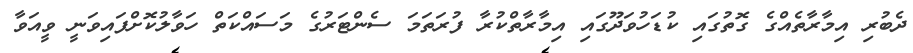
ދެބުރި އިމާރާތެއްގެ ގޮތުގައި ކުޑަހުވަދޫގައި އިމާރާތްކުރާ ފުރަތަމަ ސެންޓަރުގެ މަސައްކަތް ހަވާލުކޮށްފައިވަނީ ވީއަވާ